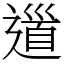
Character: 𨕥